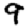
Digit: 9